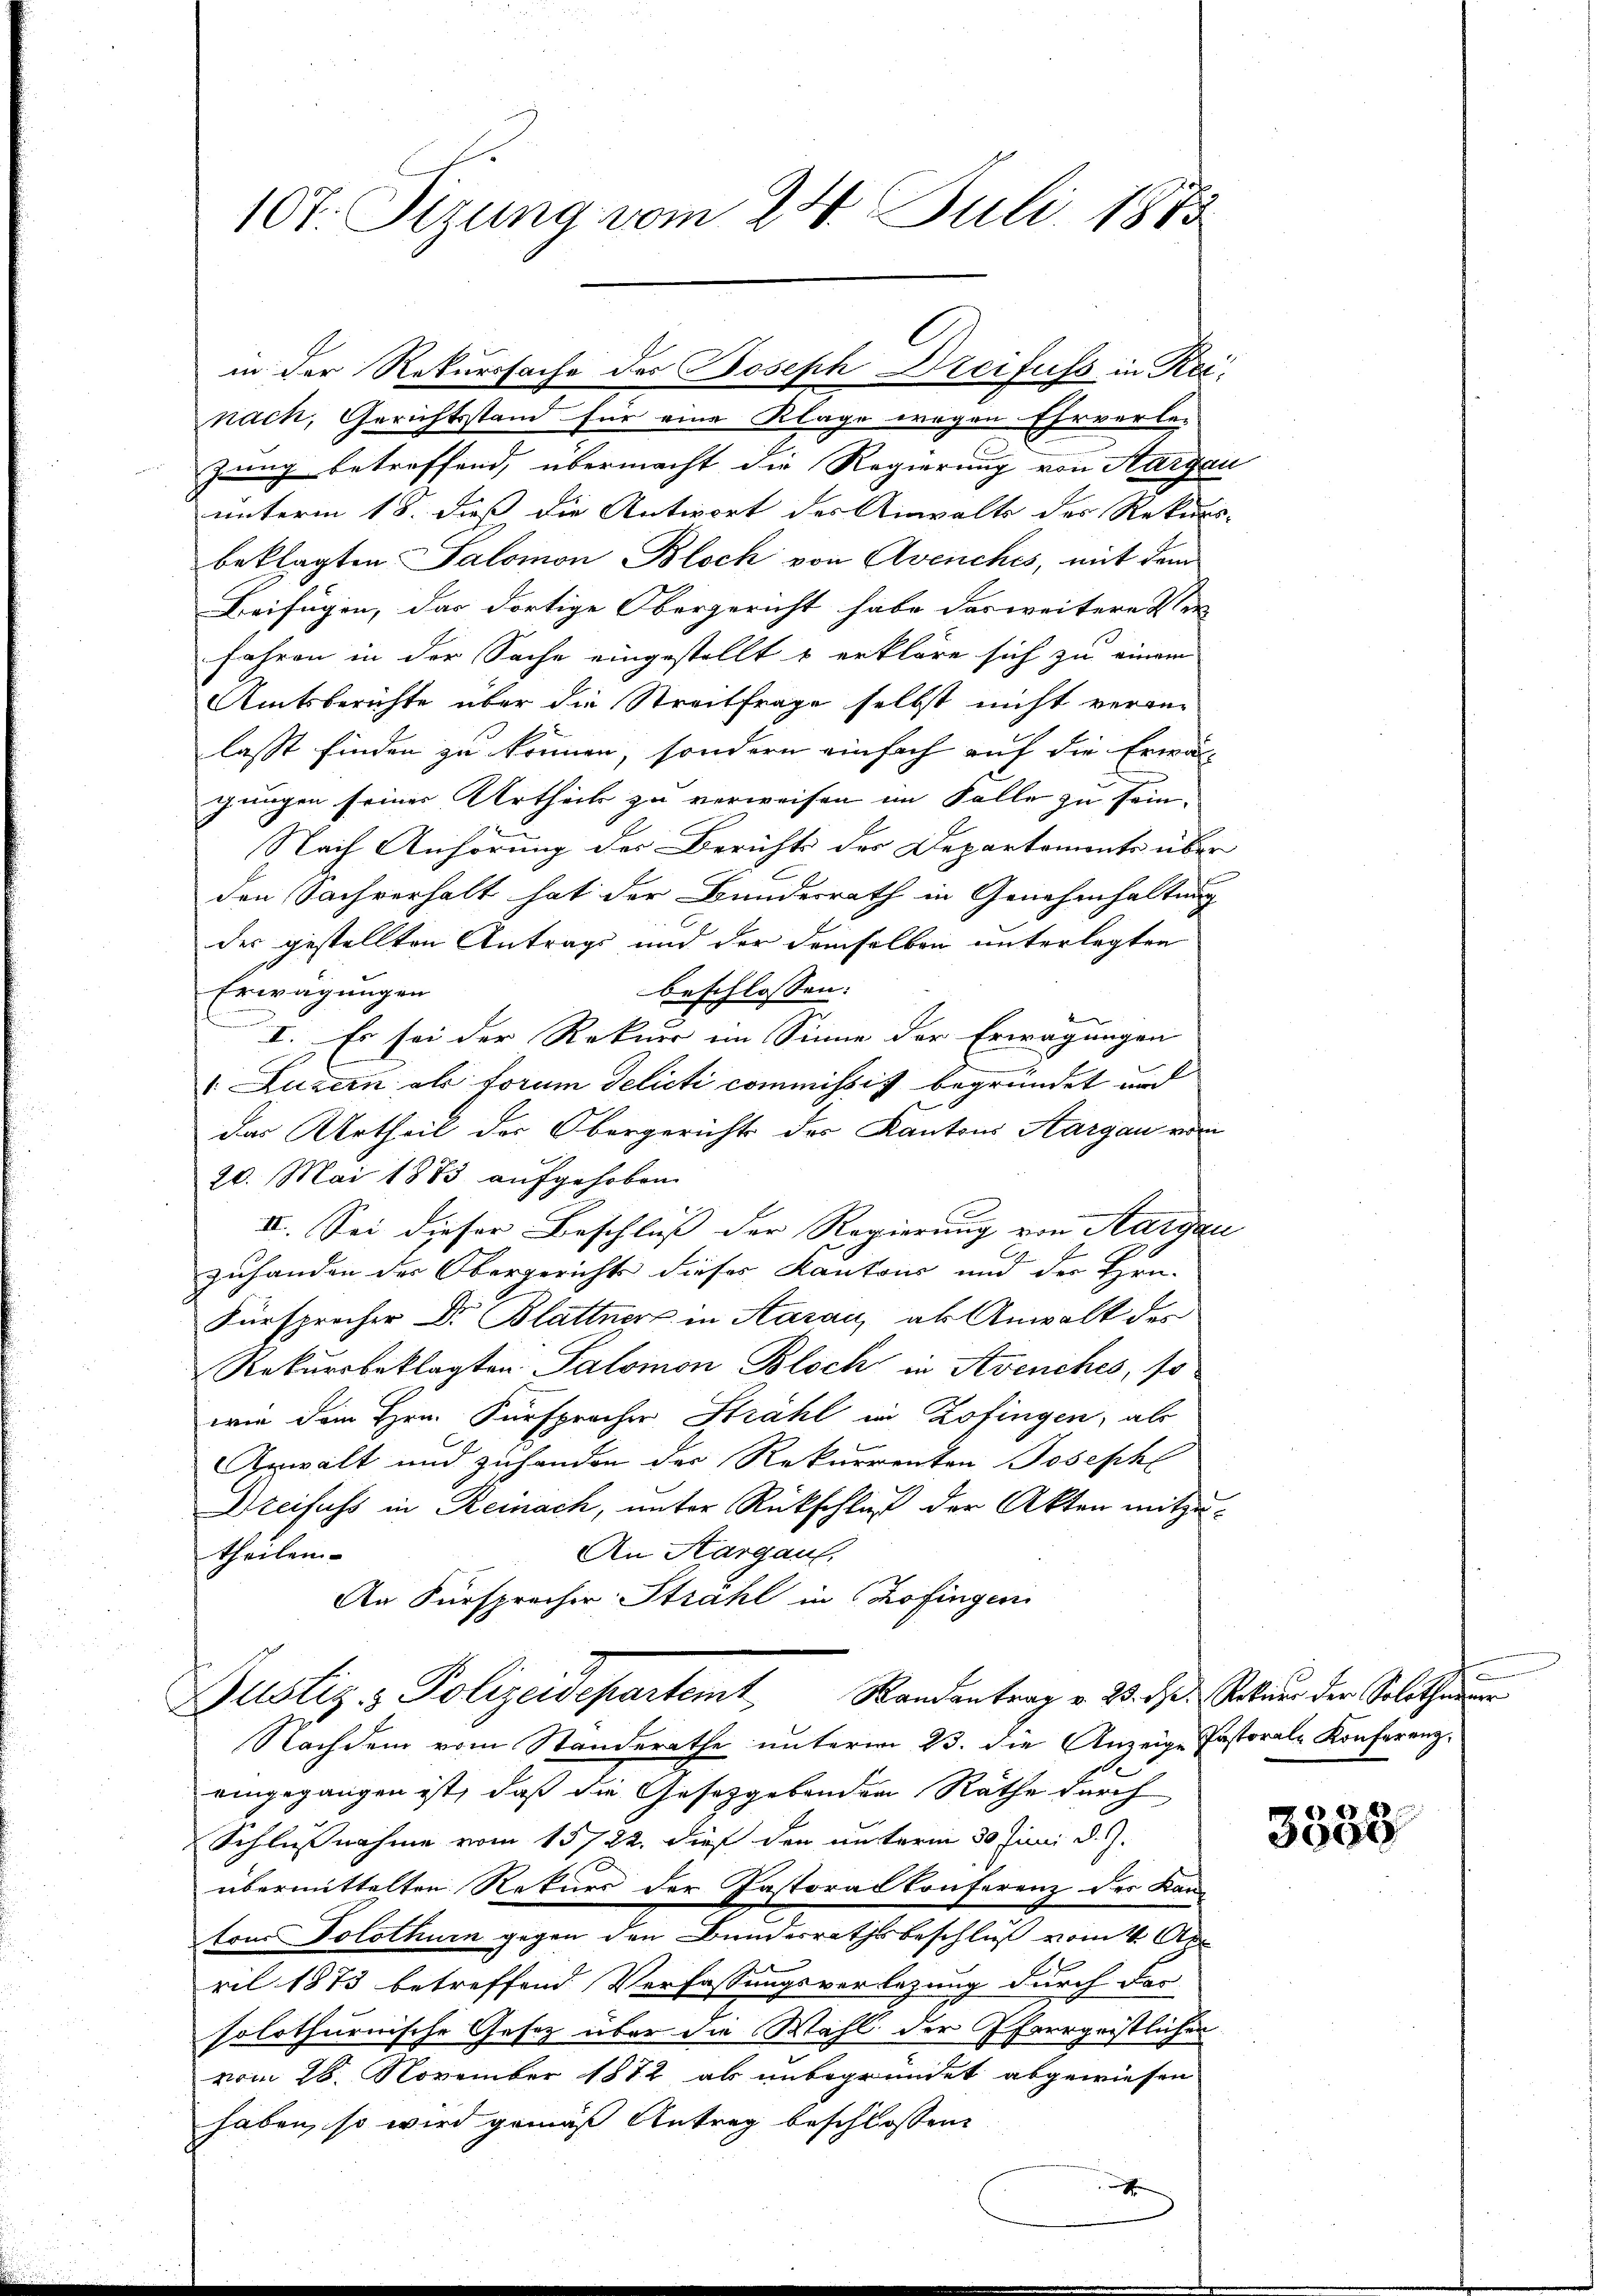
107. Sizung vom 24. Juli 1883

nach, Gerichtsstand für eine Klage wegen Ehrverle-
zung betreffend, übermacht die Regierung von Aargau
unterm 18. daß die Antwort des Anwalts des Rekursbeklagten Salomon Bloch von Avenches, mit dem
Beifügen, das dortige Obergericht habe das weitere Ver-
fahren in der Sache eingestellt & erkläre sich zu einem
Amtsberichte über die Streitfrage selbst nicht veran
lasst finden zu können, sondern einfach auf die Erwä-
gungen seiner Urtheils zu verweisen im Falle zu sein.
Nach Anhörung der Berichts der Departements über
den Sachverhalt hat der Bundesrath in Genehmhaltung
der gestellten Antrags und der demselben unterlegten
beschlossen:
Erwägungen
I. Es sei der Rekurr im Sinne der Erwägungen
e
v. Luzern als forum Selicti commissich begründet und
das Urtheil der Obergerichts des Kantons Aargau vom
20. Mai 1883 aufgehoben.
II. Sei dieser Beschluss der Regierung von Aargau
zuhanden der Obergerichts dieses Kantons und der Hrn.
Fürsprocher Dr. Blattner in Aarau, als Anwalt des
Rekursbeklagten Salomon Bloch in Avenches, so
wie dem Hrn. Fürsprocher Strahl in Zofingen, als
Erwalt und zuhanden der Rekurrenten Joseph
Dreifuss in Reinach, unter Rückschließ der Akten mitzu¬
An Aargau.
theilen.
An Fürsprecher Strahl in Zofingen
Justiz & Polizeidepartemt, Randentrag v. 2. ds. Seiten der Solothurn
Nachdem vom Standerathe unterm 23. die Anzeige Pastorale Konferenzeingegangen ist, daß die Gesetzgebenden Räthe durch
Schlußnahme vom 15722. dieß den unterm 30. Juni d. J.
übermittelten Rekurs der Pastorat Conferenz des Kanz
tons Solothurn gegen den Bundesrathsbeschluß vom 4. Apr
ril 1873 betreffend Verfassungsverletzung durch For-
solothurnische Gesetz über die Wahl der Pfarrgeistlichen
vom 28. November 1872 ab unbegründet abgewiesen
haben, so wird gemäß Antrag beschlossen:
e

in der Rekurssache des Joseph Dreifuss in Rei¬

e

3532